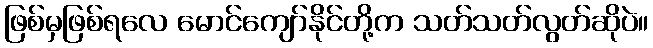
ဖြစ်မှဖြစ်ရလေ မောင်ကျော်နိုင်တို့က သတ်သတ်လွတ်ဆိုပဲ။